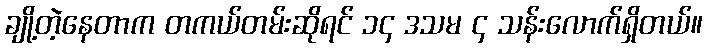
ချို့တဲ့နေတာက တကယ်တမ်းဆိုရင် ၁၄ ဒသမ ၄ သန်းလောက်ရှိတယ်။